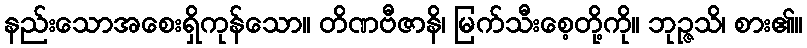
နည်းသောအစေးရှိကုန်သော။ တိဏဗီဇာနိ၊ မြက်သီးစေ့တို့ကို။ ဘုဉ္ဇသိ၊ စား၏။